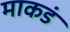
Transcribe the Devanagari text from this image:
माकडं